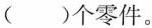
( )个零件。